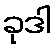
ခုဒါ